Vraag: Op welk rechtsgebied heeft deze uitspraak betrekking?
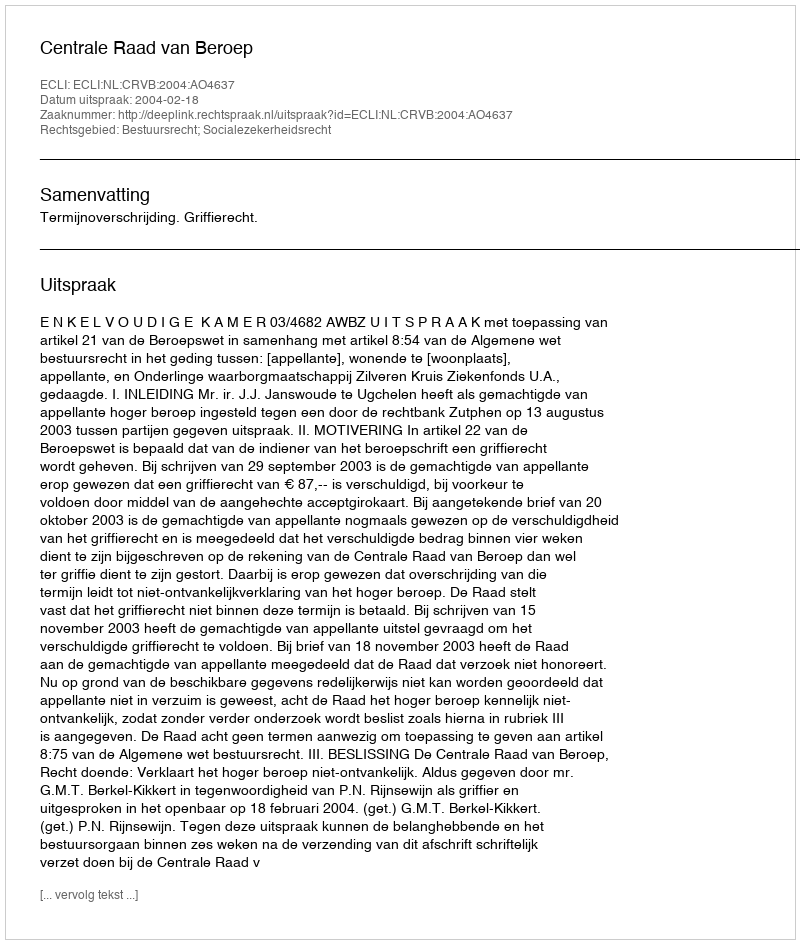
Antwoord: Bestuursrecht; Socialezekerheidsrecht